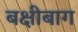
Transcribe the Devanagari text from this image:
बक्षीबाग